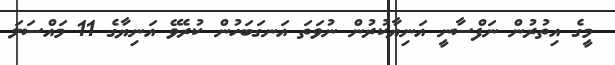
މީގެ އިތުރުން ނަފްސާނީ އަނިޔާކުރުން ނުވަތަ އަނގަބަހުން ކުރެވޭ އަނިޔާގެ 11 މައްސަލަ